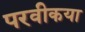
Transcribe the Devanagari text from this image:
परवीकया